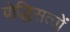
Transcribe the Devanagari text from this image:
बोद्धिसत्वों